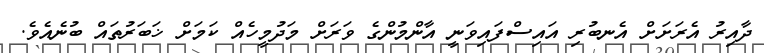
ދާއިރު އެރަށަށް އެނބުރި އައިސްފައިވަނީ އާންމުންގެ ވަރަށް މަދުމީހެއް ކަމަށް ޚަބަރުތައް ބުނެއެވެ.